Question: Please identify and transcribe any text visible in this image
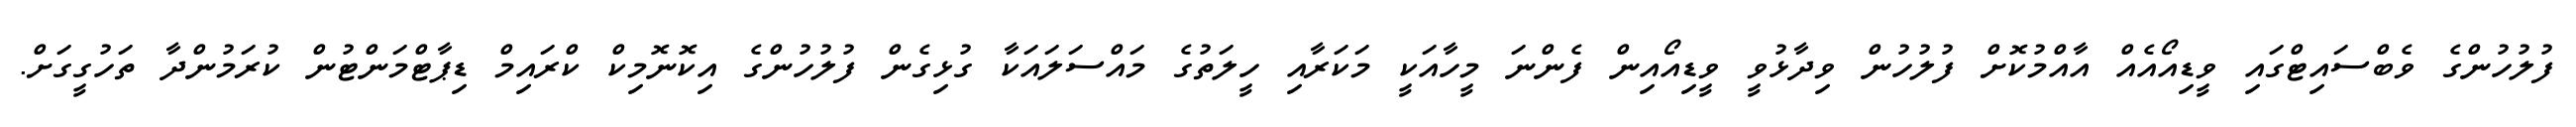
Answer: ފުލުހުންގެ ވެބްސައިޓްގައި ވީޑިއޯއެއް އާއްމުކޮށް ފުލުހުން ވިދާޅުވީ ވީޑިއޯއިން ފެންނަ މީހާއަކީ މަކަރާއި ހީލަތުގެ މައްސަލައަކާ ގުޅިގެން ފުލުހުންގެ އިކޮނޮމިކް ކްރައިމް ޑިޕާޓްމަންޓުން ކުރަމުންދާ ތަހުގީގަށް.